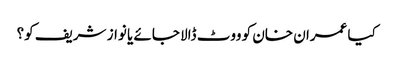
کیا عمران خان کو ووٹ ڈالا جائے یا نواز شریف کو؟